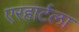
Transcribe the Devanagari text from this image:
एरहार्टला